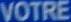
VOTRE